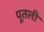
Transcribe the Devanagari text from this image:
पूतली